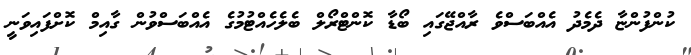
ކުންފުންޏާ ދެމެދު އެއްބަސްވެ ރާއްޖޭގައި ބޯޑާ ކޮންޓްރޯލް ބެލެހެއްޓުމުގެ އެއްބަސްވުން ގާއިމް ކޮށްފައިވަނީ